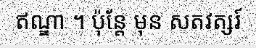
ឥណ្ឌា ។ ប៉ុន្តែ មុន សតវត្សរ៍